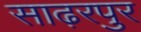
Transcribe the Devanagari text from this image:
साढ़रपुर